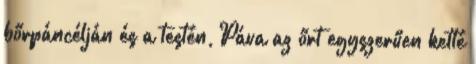
bőrpáncélján és a testén, Páva az őrt egyszerűen ketté